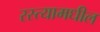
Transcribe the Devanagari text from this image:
रस्त्यामधील